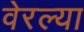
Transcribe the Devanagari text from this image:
वेरल्या